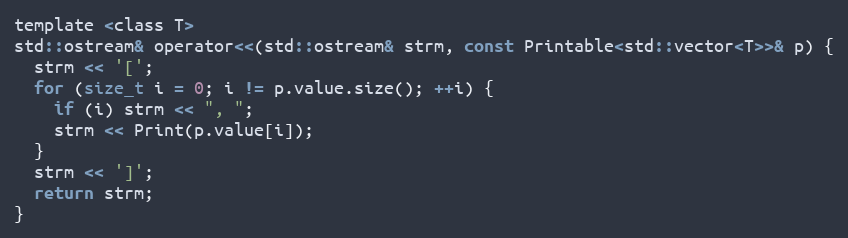
Language: C
template <class T>
std::ostream& operator<<(std::ostream& strm, const Printable<std::vector<T>>& p) {
  strm << '[';
  for (size_t i = 0; i != p.value.size(); ++i) {
    if (i) strm << ", ";
    strm << Print(p.value[i]);
  }
  strm << ']';
  return strm;
}